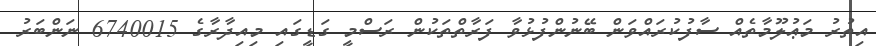
އިތުރު މަޢުލޫމާތެއް ސާފުކުރައްވަން ބޭނުންފުޅުވާ ފަރާތްތަކުން ރަސްމީ ގަޑީގައި މިއިދާރާގެ 6740015 ނަންބަރު